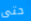
حتى